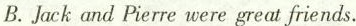
B.Jack and Pierre were great friends.